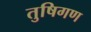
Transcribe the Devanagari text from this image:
तुषिगण